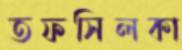
তফসিলকা